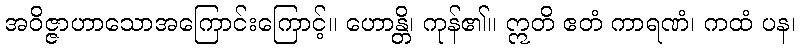
အဝိဇ္ဇာဟာသောအကြောင်းကြောင့်။ ဟောန္တိ၊ ကုန်၏။ ဣတိ ဧတံ ကာရဏံ၊ ကထံ ပန၊